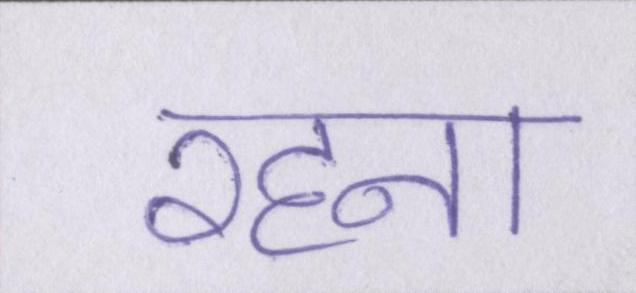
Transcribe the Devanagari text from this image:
रहना